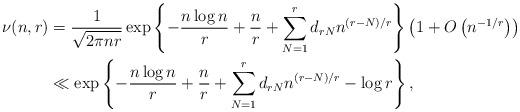
LaTeX: \begin{align*}\nu(n,r)&= \frac{1}{\sqrt{2\pi nr}}\exp\left\{-\frac{n\log n}{r}+\frac{n}{r}+\sum_{N=1}^rd_{rN}n^{(r-N)/r}\right\}\left(1+O\left(n^{-1/r}\right)\right)\\&\ll \exp\left\{-\frac{n\log n}{r}+\frac{n}{r}+\sum_{N=1}^rd_{rN}n^{(r-N)/r}-\log r \right\},\end{align*}